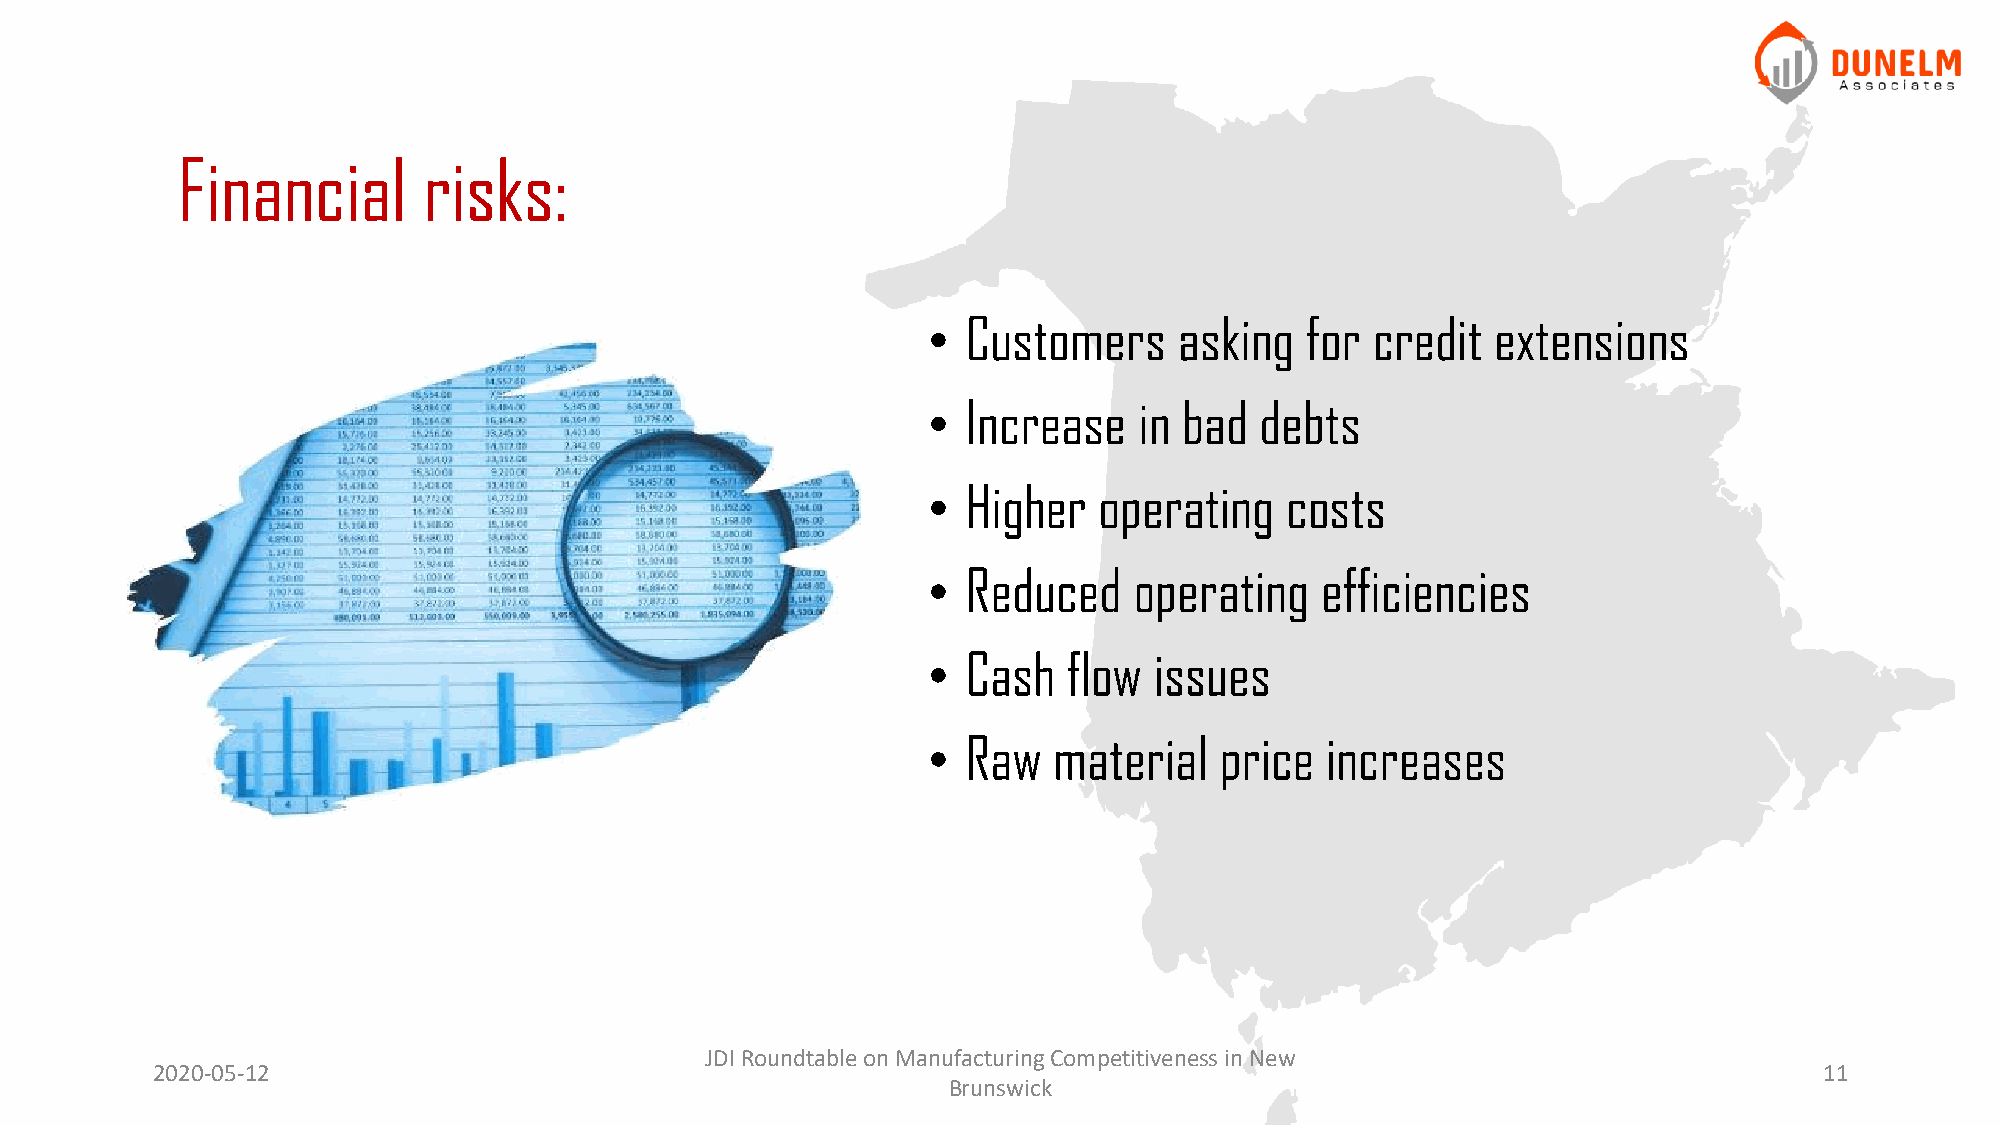
Financial       risks:
 •  Customers     asking  for  credit  extensions
 •  Increase   in bad  debts
 •  Higher   operating   costs
 •  Reduced    operating   efficiencies
 •  Cash   flow issues
 •  Raw   material   price  increases
 JDI Roundtable on Manufacturing Competitiveness in New
 2020-05-12                                                                                                     11
 Brunswick